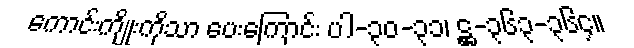
ကောင်းကျိုးကိုသာ ပေးကြောင်း ပါ-၃၀-၃၁၊ ဋ္ဌ-၃၆၃-၃၆၄။